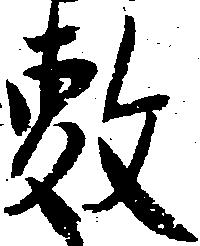
敷